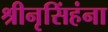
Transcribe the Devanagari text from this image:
श्रीनृसिंहंना